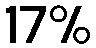
17%